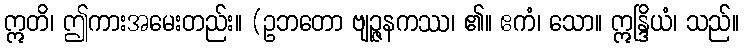
ဣတိ၊ ဤကားအမေးတည်း။ (ဥဘတော ဗျဉ္ဇနကဿ၊ ၏။ ဧကံ၊ သော။ ဣန္ဒြိယံ၊ သည်။